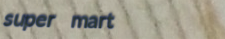
super mart